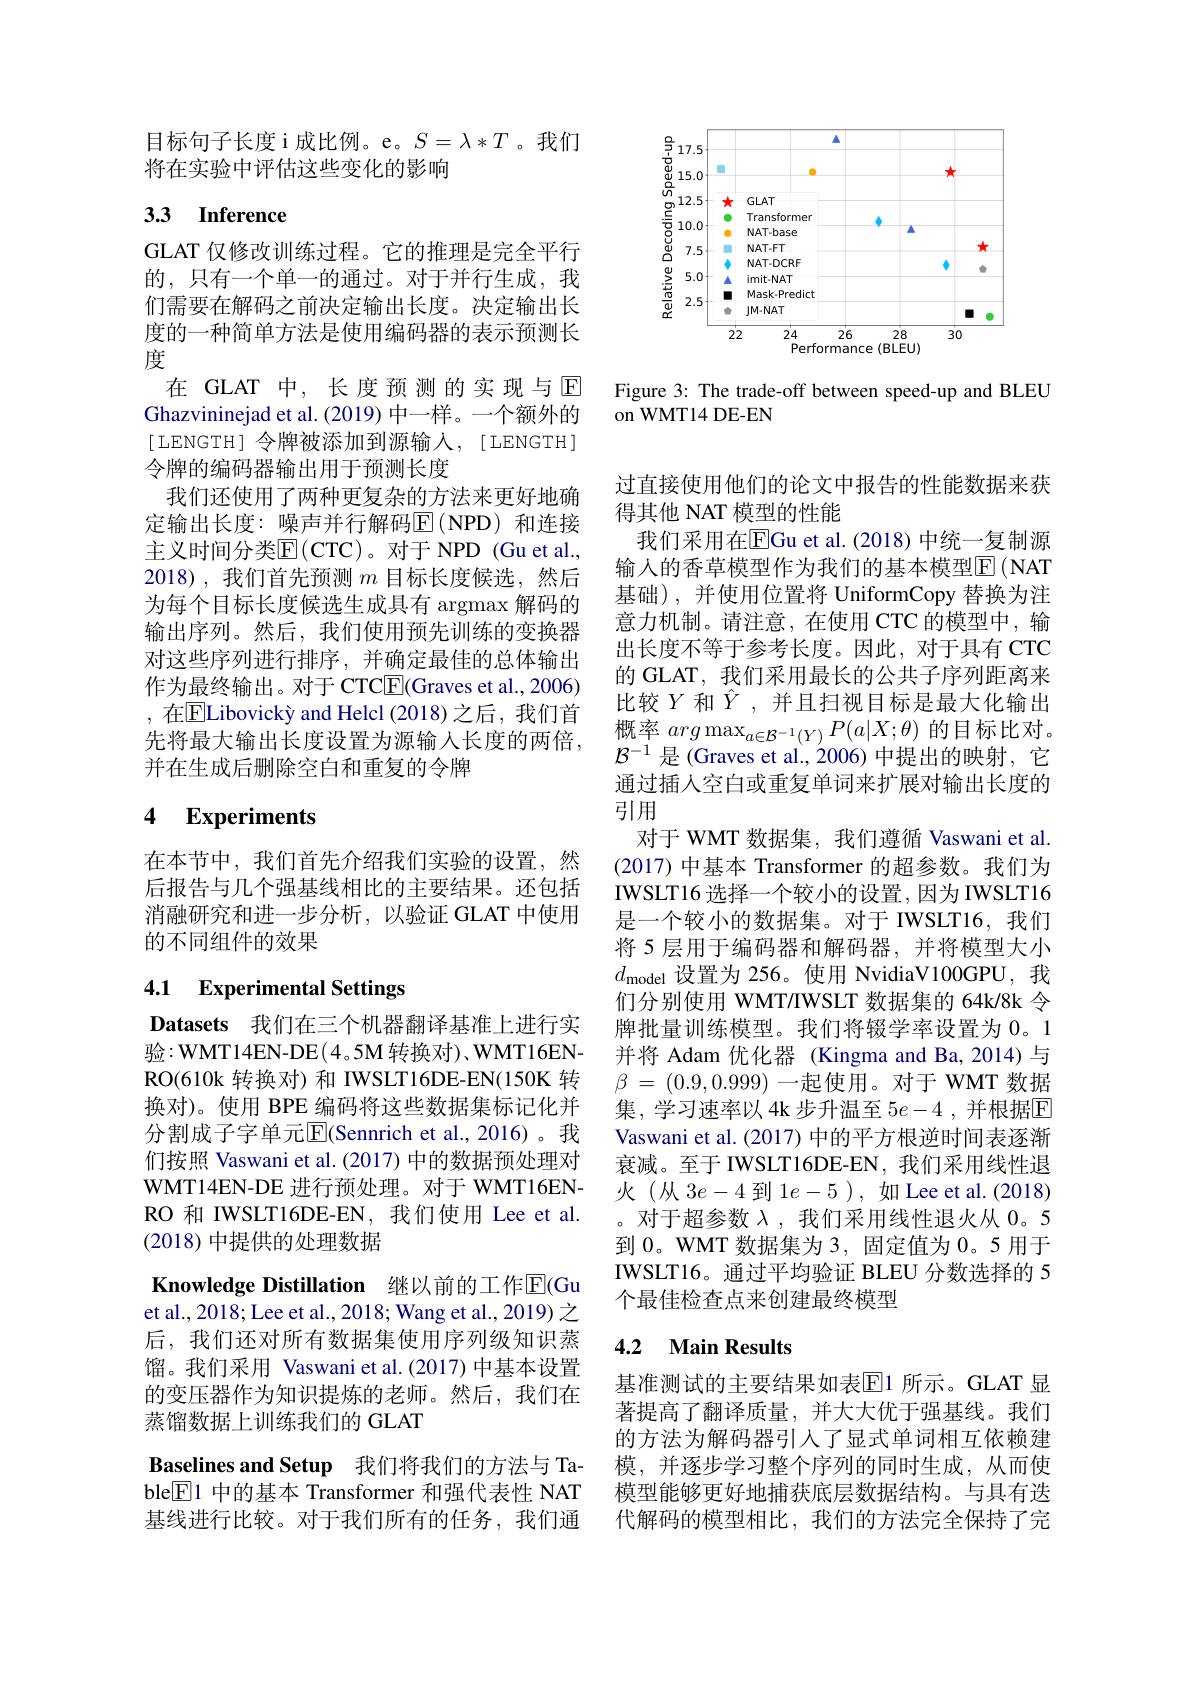
目标句子长度 i 成比例。e。$S=\lambda*T$。我们
将在实验中评估这些变化的影响

# 3.3 Inference

GLAT 仅修改训练过程。它的推理是完全平行的，只有一个单一的通过。对于并行生成，我们需要在解码之前决定输出长度。决定输出长度的一种简单方法是使用编码器的表示预测长度
在 GLAT 中，长度预测的实现与$\mathbb{E}$ Ghazvininejad et al.(2019) 中一样。一个额外的[ LENGTH] 令牌被添加到源输入，[ LENGTH] 令牌的编码器输出用于预测长度
我们还使用了两种更复杂的方法来更好地确定输出长度：噪声并行解码E$( NPD)$ 和连接主义时间分类E(CTC)。对于 NPD (Gu et al., 2018),我们首先预测$m$目标长度候选，然后为每个目标长度候选生成具有 argmax 解码的输出序列。然后，我们使用预先训练的变换器对这些序列进行排序，并确定最佳的总体输出作为最终输出。对于 CTC$\boxed{\mathrm{F}}($Graves et al., 2006) , 在$\overline{\mathrm{E}}$Libovickỳ and Helcl (2018)之后，我们首先将最大输出长度设置为源输入长度的两倍， 并在生成后删除空白和重复的令牌

## 4 $\textbf{Experiments}$

在本节中，我们首先介绍我们实验的设置，然后报告与几个强基线相比的主要结果。还包括消融研究和进一步分析，以验证 GLAT 中使用的不同组件的效果

## 4.1 Experimental Settings

Datasets 我们在三个机器翻译基准上进行实验：WMT14EN-DE(4。5M 转换对)、WMT16ENRO(610k 转换对)和 IWSLT16DE-EN(150K 转换对)。使用 BPE 编码将这些数据集标记化并分割成子字单元$\overline{\mathrm{E}}$(Sennrich et al.,2016)。我们按照 Vaswani et al.(2017) 中的数据预处理对WMT14EN-DE 进行预处理。对于 WMT16ENRO 和 IWSLT16DE-EN,我们使用 Lee et al. (2018)中提供的处理数据

Knowledge Distillation 继以前的工作$\overline{\mathrm{E}}($Gu et al., 2018; Lee et al., 2018; Wang et al., 2019) 之后，我们还对所有数据集使用序列级知识蒸馏。我们采用 Vaswani et al.(2017) 中基本设置的变压器作为知识提炼的老师。然后，我们在蒸馏数据上训练我们的 GLAT
Baselines and Setup 我们将我们的方法与 Table$\overline{\mathrm{E}}$1 中的基本 Transformer 和强代表性 NAT 基线进行比较。对于我们所有的任务，我们通

<FigureHere>

Figure 3: The trade-off between speed-up and BLEU
on WMT14 DE-EN

过直接使用他们的论文中报告的性能数据来获
得其他 NAT 模型的性能
我们采用在$\overline{\mathrm{EGu~et~al.~(2018)~}}$中统一复制源输入的香草模型作为我们的基本模型E(NAT 基础), 并使用位置将 UniformCopy 替换为注意力机制。请注意，在使用 CTC 的模型中，输出长度不等于参考长度。因此，对于具有 CTC 的 GLAT, 我们采用最长的公共子序列距离来比较$Y$ 和$\hat{Y}$,并且扫视目标是最大化输出概率$arg\max_{a\in\mathcal{B}^{-1}(Y)}P(a|X;\theta)$的目标比对。$\mathcal{B}^{-1}$是 (Graves et al.,2006)中提出的映射，它通过插人空白或重复单词来扩展对输出长度的引用
对于 WMT 数据集，我们遵循 Vaswani et al (2017) 中基本 Transformer 的超参数。我们为IWSLT16 选择一个较小的设置，因为 IWSLT16是一个较小的数据集。对于 IWSLT16,我们将 5 层用于编码器和解码器，并将模型大小$d_{\mathrm{model}}$设置为 256。使用 NvidiaV100GPU,我们分别使用 WMT/IWSLT 数据集的 64k/8k 令牌批量训练模型。我们将辍学率设置为0。1并将 Adam 优化器 (Kingma and Ba,2014) 与$\beta$ = (0.9,0.999) 一起使用。对于 WMT 数据集，学习速率以 4k步升温至 $5e-4$ ,并根据$\overline{\mathrm{E}}$ Vaswani et al. (2017) 中的平方根逆时间表逐渐衰减。至于 IWSLT16DE-EN, 我们采用线性退火(从3$e-4$到1$e-5$),如Lee et al.(2018) 。对于超参数$\lambda$,我们采用线性退火从0。5到 0。WMT 数据集为 3, 固定值为 0。5 用于IWSLT16。通过平均验证 BLEU 分数选择的 5个最佳检查点来创建最终模型

### 4.2 Main Results

基准测试的主要结果如表$\overline{\mathbb{E}}$1 所示。GLAT 显著提高了翻译质量，并大大优于强基线。我们的方法为解码器引入了显式单词相互依赖建模，并逐步学习整个序列的同时生成，从而使模型能够更好地捕获底层数据结构。与具有迭代解码的模型相比，我们的方法完全保持了完